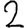
Digit: 2